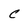
Character: C